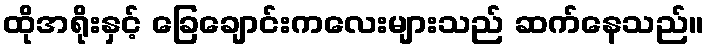
ထိုအရိုးနှင့် ခြေချောင်းကလေးများသည် ဆက်နေသည်။